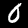
Digit: 0